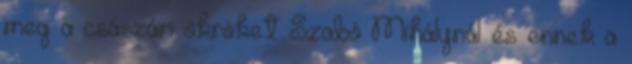
meg a császári ökröket Szabó Mihálynál és ennek a